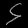
Digit: ၄